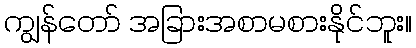
ကျွန်တော် အခြားအစာမစားနိုင်ဘူး။